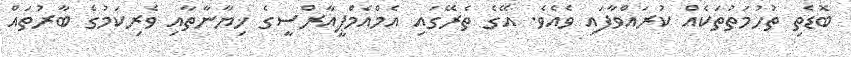
ބޮޑެތި ތުހުމަތުތަކެއް ކުރައްވާފައި ވެއެވެ. އޭގެ ތެރޭގައި އެމްއެމްޕީއާރްސީގެ ޚިޔާނާތާއި ވެރިކަމުގެ ބާރުތައް